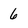
Character: 6